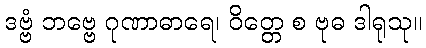
ဒဗ္ဗံ ဘဗ္ဗေ ဂုဏာဓာရေ၊ ဝိတ္တေ စ ဗုဓ ဒါရုသု။